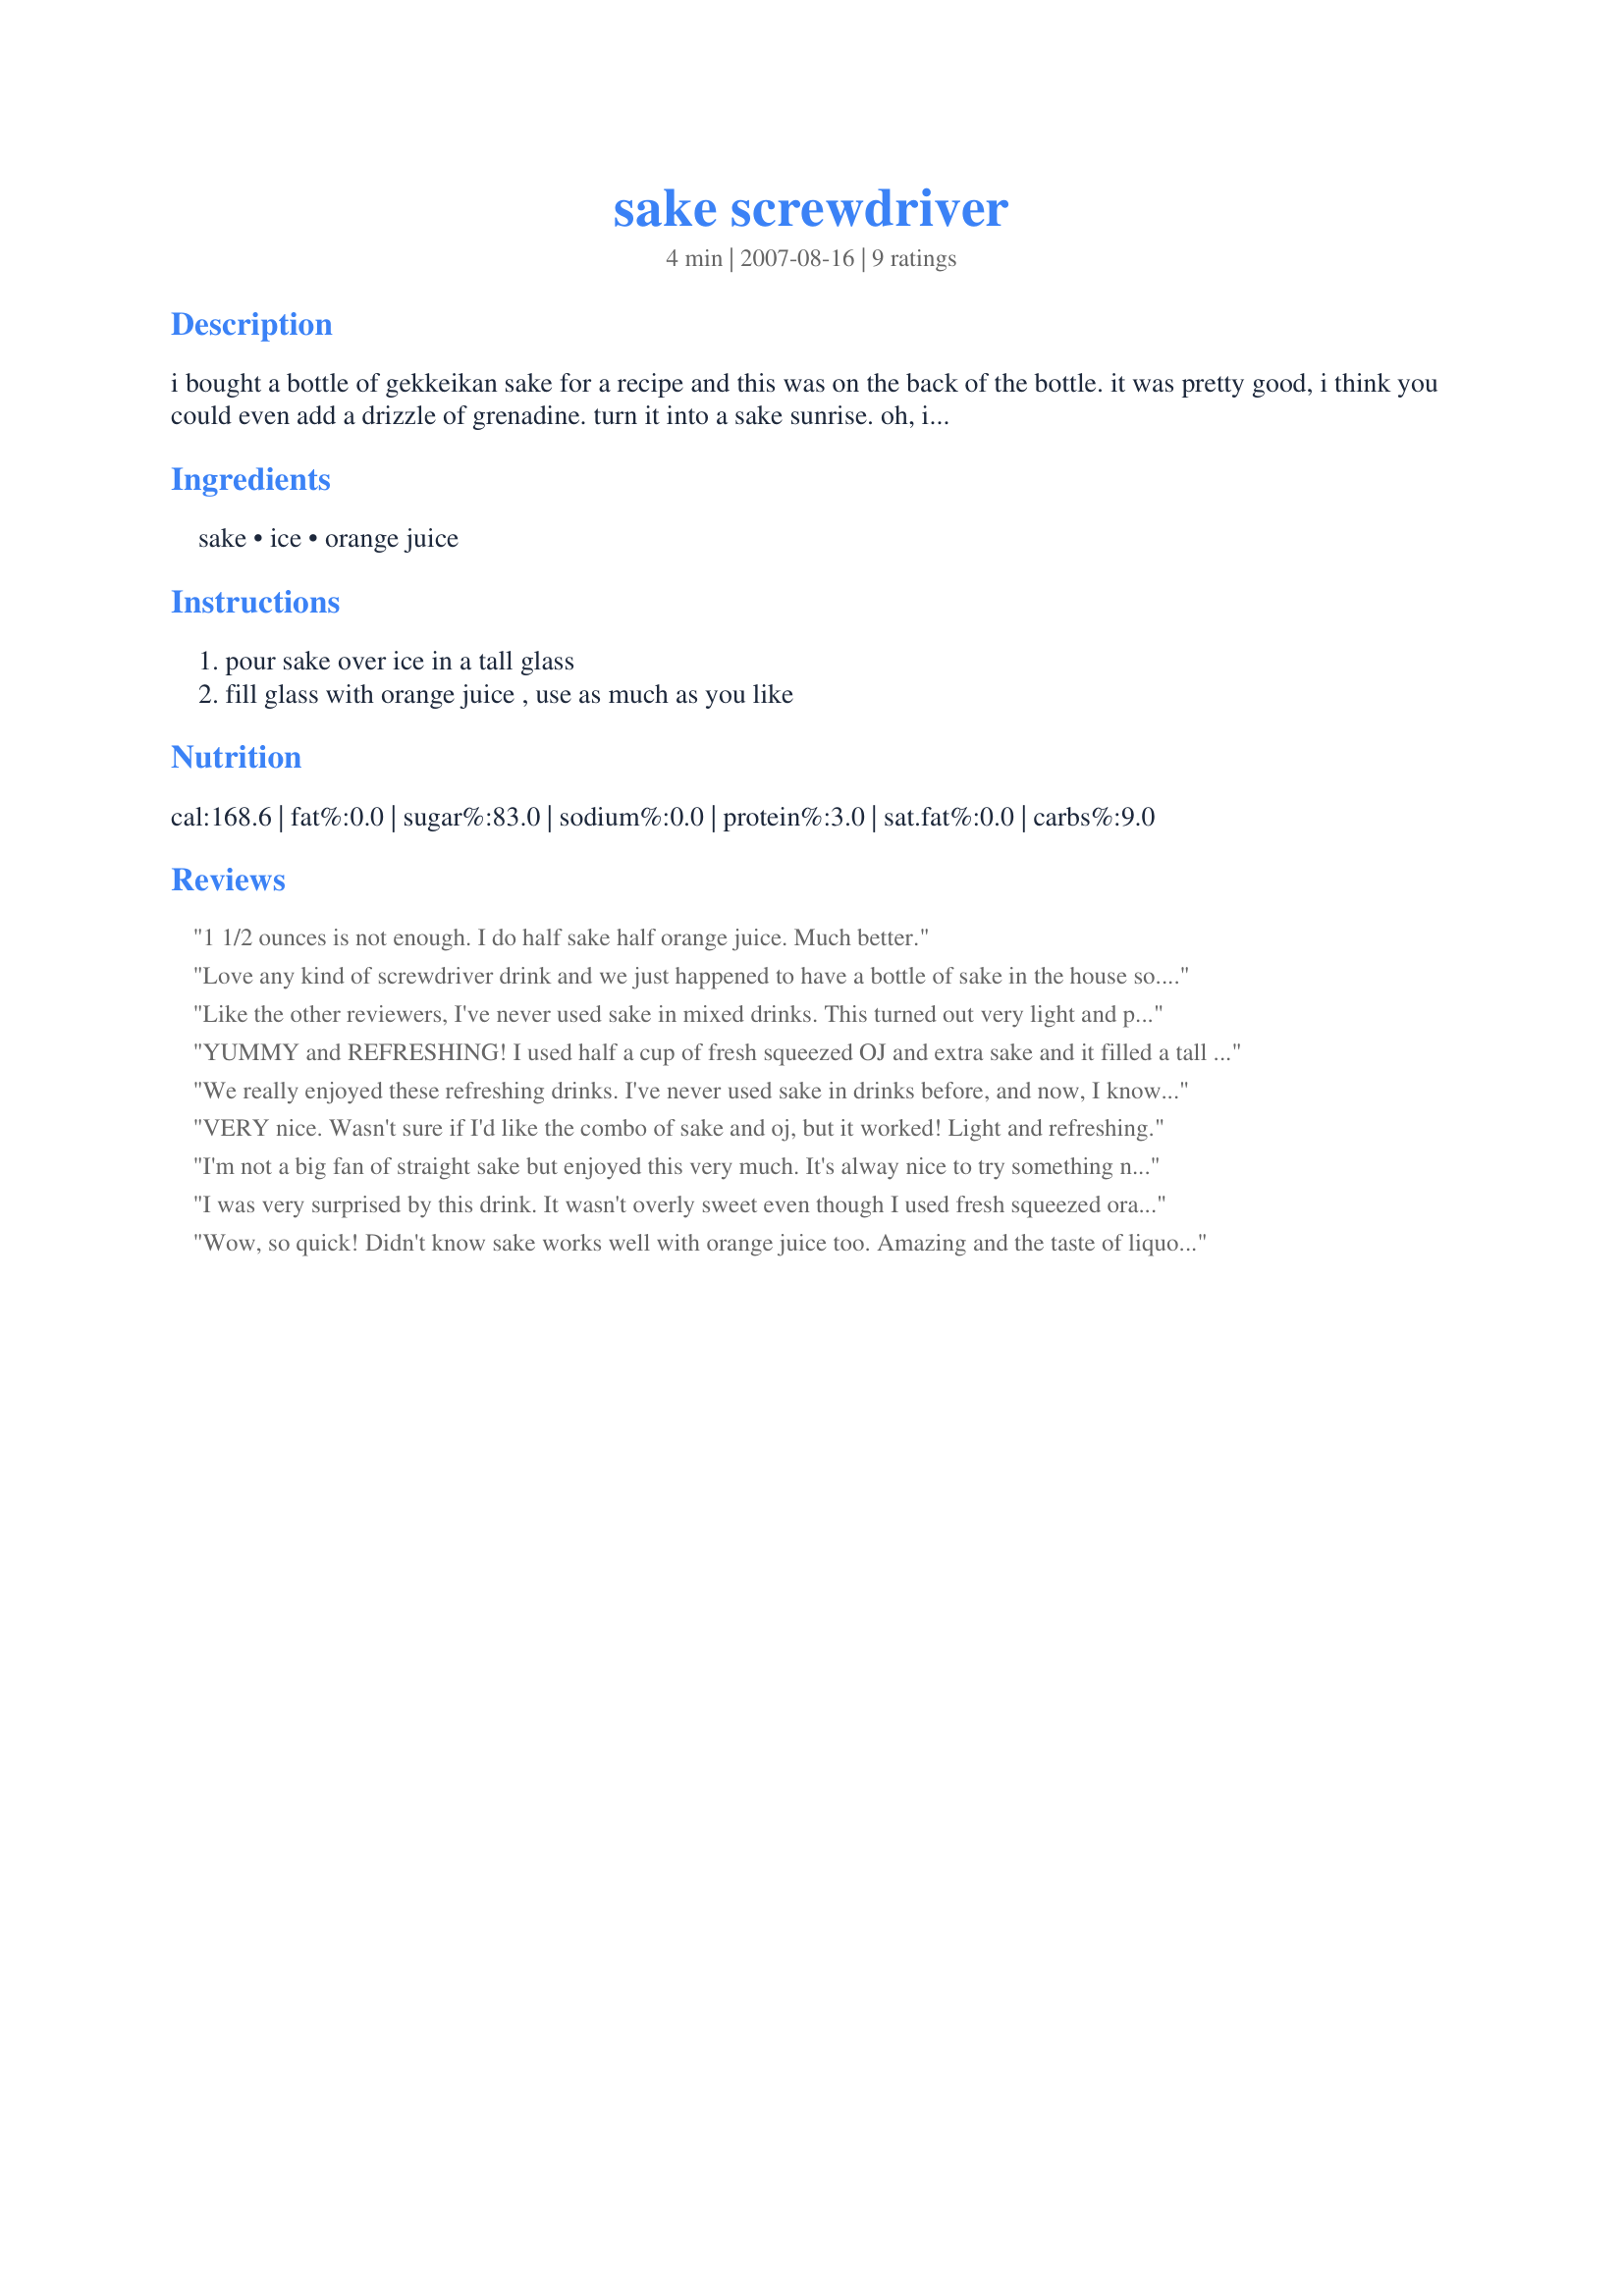
sake screwdriver
Preparation time: 4 minutes

i bought a bottle of gekkeikan sake for a recipe and this was on the back of the bottle. it was pretty good, i think you could even add a drizzle of grenadine. turn it into a sake sunrise. oh, i'm going to post my new drink!!

Ingredients:
sake, ice, orange juice

Steps:
pour sake over ice in a tall glass, fill glass with orange juice , use as much as you like

Reviews:
1 1/2 ounces is not enough. I do half sake half orange juice. Much better.
Love any kind of screwdriver drink and we just happened to have a bottle of sake in the house so... made this for my hubby. He enjoyed it but the drink seemed to be needing something else with the flavoring. Made for Zee Zany Zesty Cookzzzzzzz ZWT6.
Like the other reviewers, I've never used sake in mixed drinks. This turned out very light and pleasing to the palate. Thanks for sharing.
YUMMY and REFRESHING! I used half a cup of fresh squeezed OJ and extra sake and it filled a tall glass over crushed ice. I could barely taste the sake so watch out! Made for Zaar tag.
We really enjoyed these refreshing drinks. I've never used sake in drinks before, and now, I know what I've been missing! Delicious and easy, I will share this one with my friends! Thanks for sharing with us, Charlotte J. Made for ZWT 6.
VERY nice. Wasn't sure if I'd like the combo of sake and oj, but it worked! Light and refreshing.
I'm not a big fan of straight sake but enjoyed this very much. It's alway nice to try something new, thanks Charlotte! Made by one of the Unrulies Under the Influence for ZWT6.
I was very surprised by this drink. It wasn't overly sweet even though I used fresh squeezed orange juice. I usually don't like sake but this is a drink I would make again.
Wow, so quick! Didn't know sake works well with orange juice too. Amazing and the taste of liquor wasn't strong to get drunk. Maybe if I down more than a glass. ;) I will make this again and again and again. :D
 Made for WZT4.
